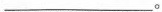
___。